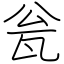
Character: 瓮